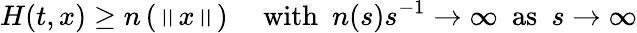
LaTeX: H(t,x)\ge n\left(\left\| x\right\| \right)\ \ \ \ \ \mathrm{with}\ \ n(s)s^{-1}\to\infty\ \ \mathrm{as}\ \ s\to\infty